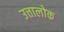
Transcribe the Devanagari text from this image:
उत्तालोक